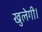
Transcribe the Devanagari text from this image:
खुलेगी।